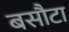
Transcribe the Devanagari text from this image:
बसौटा